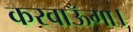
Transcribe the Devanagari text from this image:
करवाऊँगा।